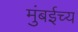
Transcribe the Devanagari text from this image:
मुंबईच्य